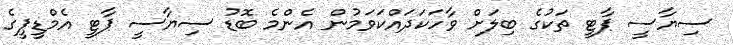
ސިޔާސީ ޕާޓީ ތަކުގެ ބިލަށް ވާހަކަދައްކަވަމުން އެންމެ ބޮޑު ސިޔާސީ ޕާޓީ އެމްޑީޕީގެ